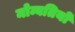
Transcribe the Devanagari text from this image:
मोम्बतियों